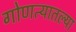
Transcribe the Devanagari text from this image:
गोणत्यातल्या